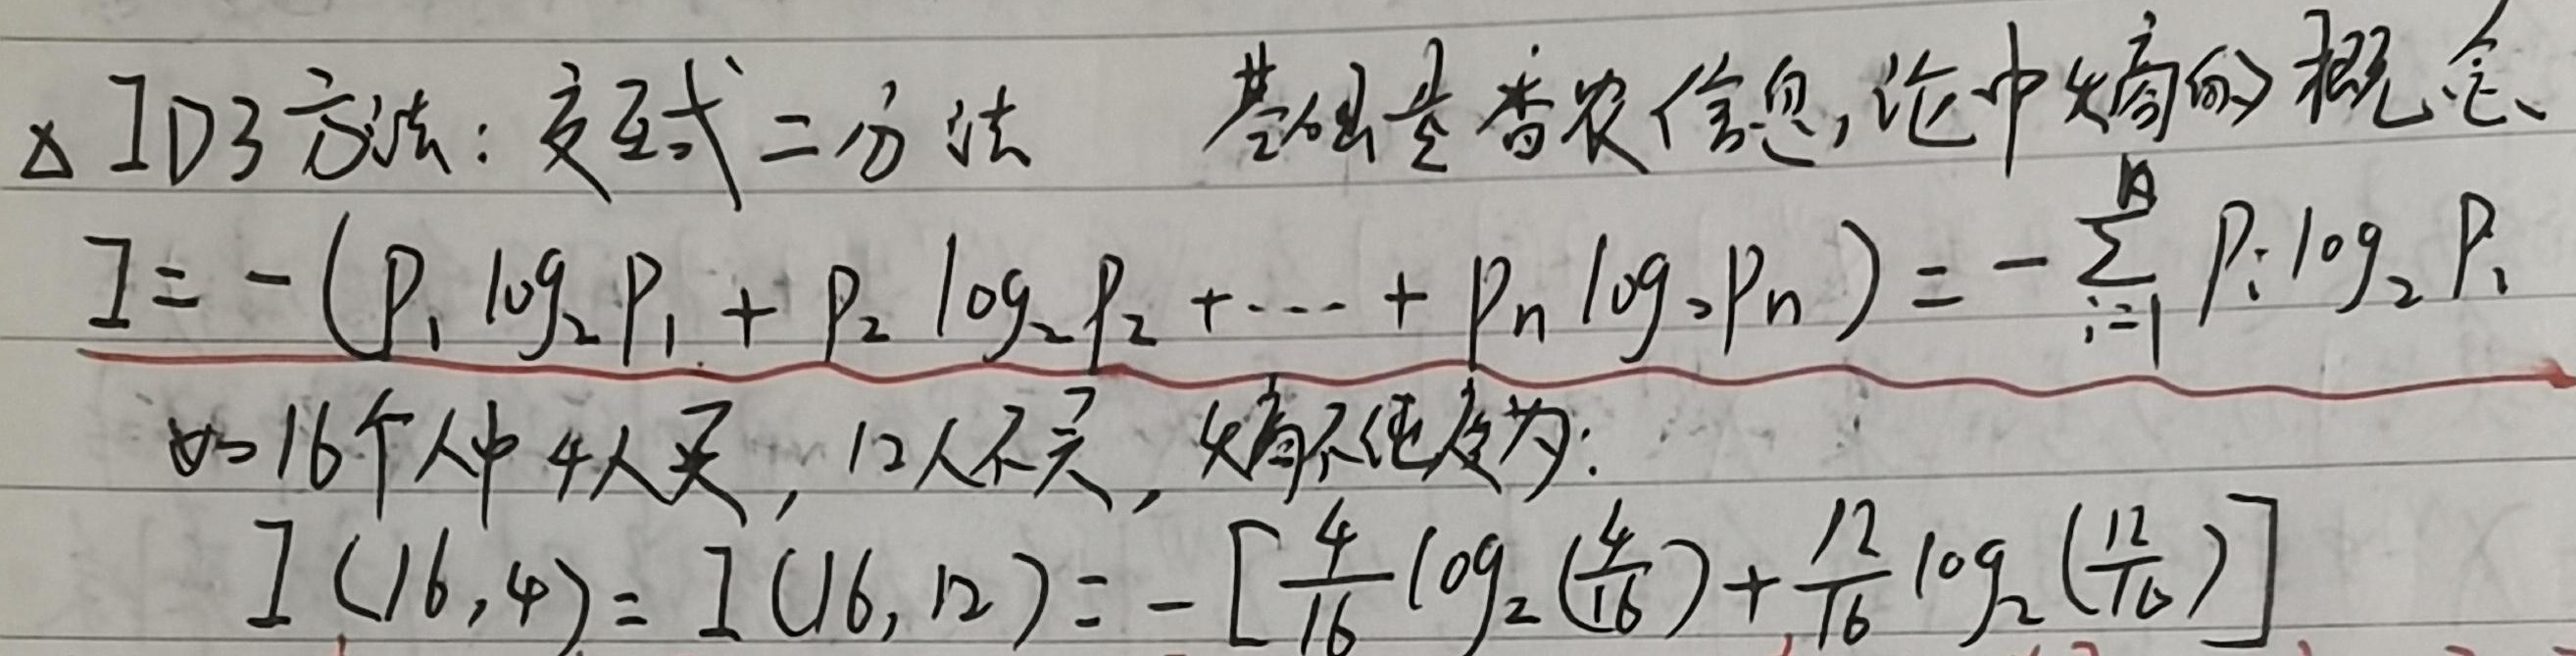
$\Delta$ ID3 方法：交互式二分法，基础是香农信息论中熵的概念。
\(I=-(p_1\log_2 p_1 + p_2\log_2 p_2+\cdots + p_n\log_2 p_n)=-\sum_{i = 1}^{n}p_i\log_2 p_i\)
如 16 个人中 4 人买，12 人不买，熵不纯度为：
\(I(16,4)=I(16,12)=-\left[\frac{4}{16}\log_2\left(\frac{4}{16}\right)+\frac{12}{16}\log_2\left(\frac{12}{16}\right)\right]\)